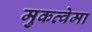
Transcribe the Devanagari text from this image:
मुकव्वेमा